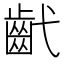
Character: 𢎕